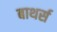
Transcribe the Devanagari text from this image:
बाथर्स